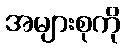
အများစုကို